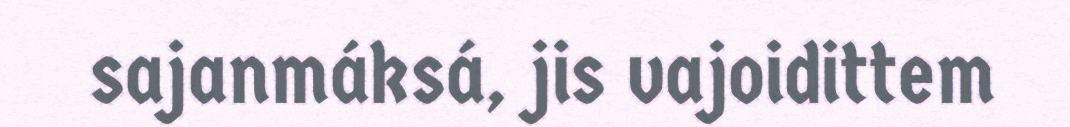
sajanmáksá, jis vajoidittem